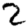
Digit: 2